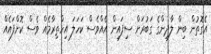
އެގޮތުން ބިން ލާދިންގެ ގަބުރަށް ސިފައިން އެއްވެސް ކަހަލަ އިހްތިރާމެއް ވެސް ކޮށްފައެއް